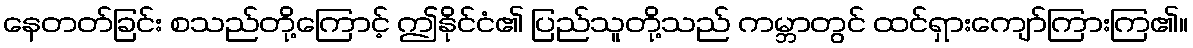
နေတတ်ခြင်း စသည်တို့ကြောင့် ဤနိုင်ငံ၏ ပြည်သူတို့သည် ကမ္ဘာတွင် ထင်ရှားကျော်ကြားကြ၏။